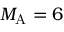
{ M _ { \mathrm { A } } } = 6